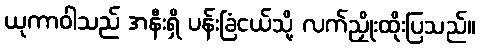
ယုကာဝါသည် အနီးရှိ ပန်းခြံငယ်သို့ လက်ညှိုးထိုးပြသည်။